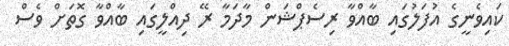
ކައިވެނީގެ އުފަލުގައި ބާއްވާ ރިސެޕްޝަން މާދަމާ ރޭ ދިއްލީގައި ބާއްވާ ގޮތަށް ވެސް